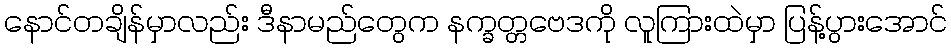
နောင်တချိန်မှာလည်း ဒီနာမည်တွေက နက္ခတ္တဗေဒကို လူကြားထဲမှာ ပြန့်ပွားအောင်